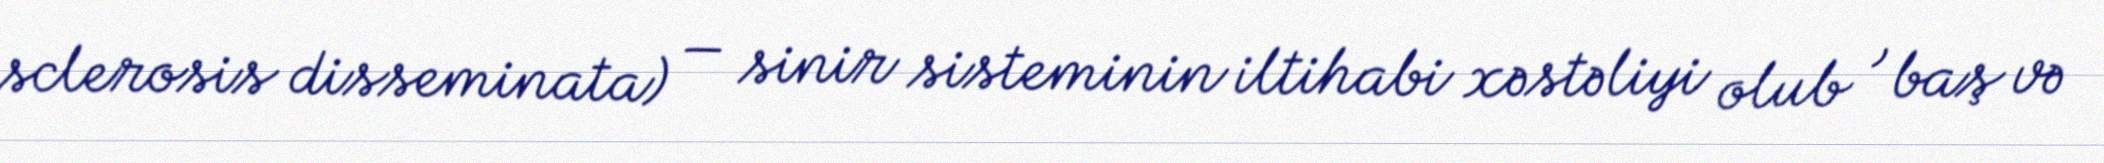
sclerosis disseminata) — sinir sisteminin iltihabi xəstəliyi olub , baş və